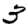
Digit: 3